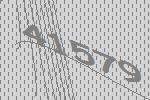
41579